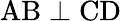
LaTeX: \mathrm{AB\perp CD}